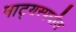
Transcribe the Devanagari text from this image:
नाट्यस्पर्धांत